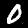
Label: 0